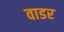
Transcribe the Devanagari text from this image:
वाडर